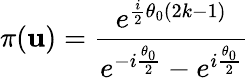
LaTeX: \pi(\mathbf{u})=\frac{{e^{\frac{{i}}{{2}}\theta_{0}(2k-1)}}}{{e^{-i\frac{{\theta_{0}}}{{2}}}-e^{i\frac{{\theta_{0}}}{{2}}}}}